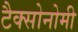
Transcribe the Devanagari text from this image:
टैक्सोनोमी